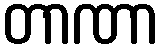
တာဏာ